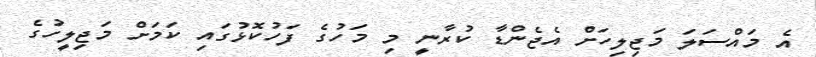
އެ މައްސަލަ މަޖިލިހަށް އެޖެންޑާ ކުރާނީ މި މަހުގެ ފަހުކޮޅުގައި ކަމަށް މަޖިލީހުގެ